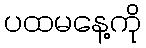
ပထမနေ့ကို